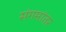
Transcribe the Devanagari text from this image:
संगमांतर